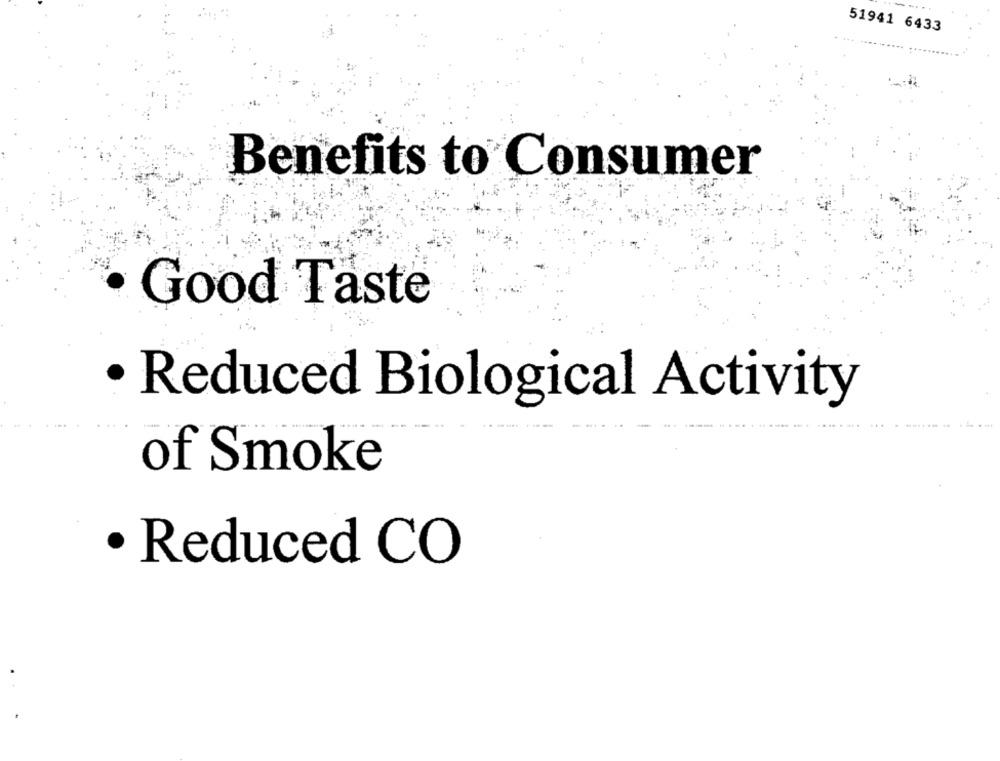
51941 6433
. ..... ...... ..........
Benefits to Consumer
Good Taste
· Reduced Biological Activity
....----
of Smoke
· Reduced CO